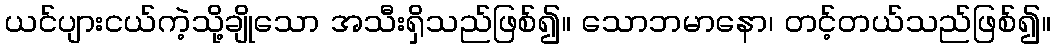
ယင်ပျားငယ်ကဲ့သို့ချိုသော အသီးရှိသည်ဖြစ်၍။ သောဘမာနော၊ တင့်တယ်သည်ဖြစ်၍။